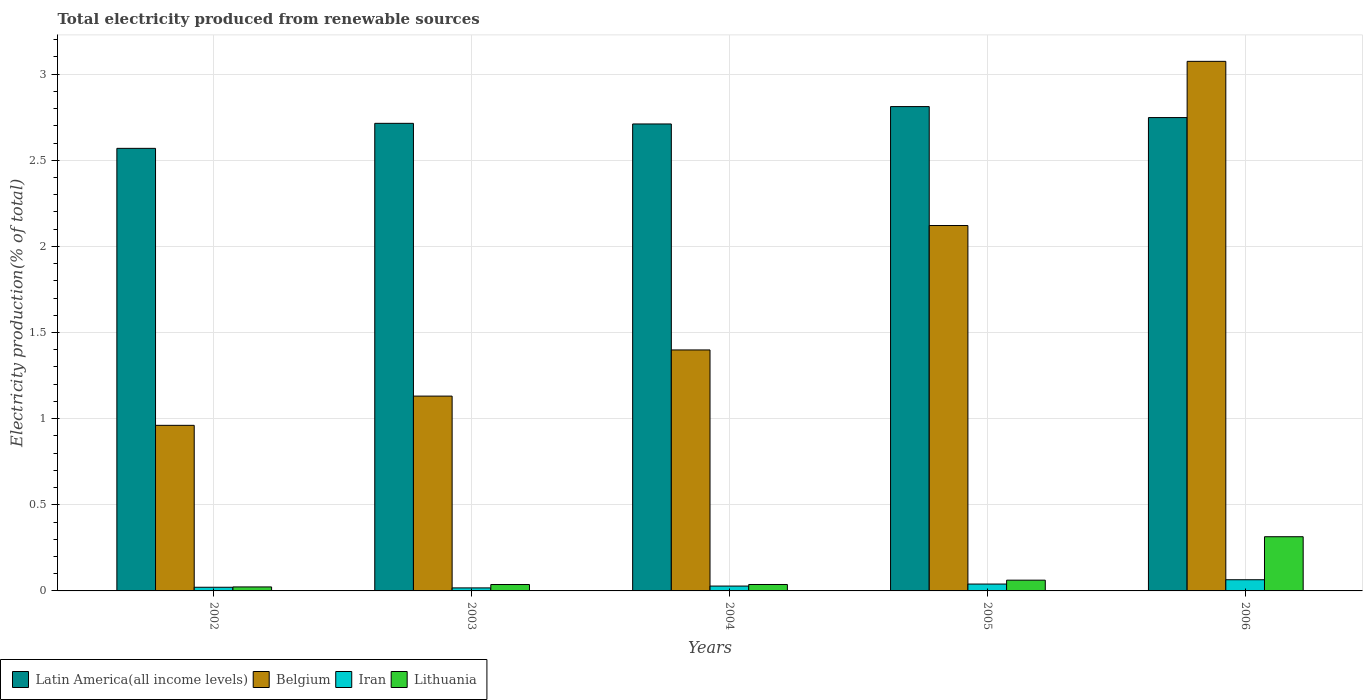
| Years | Latin America(all income levels) | Belgium | Iran | Lithuania |
 | --- | --- | --- | --- | --- |
 | 2002 | 2.57 | 0.961 | 0.0213 | 0.0231 |
 | 2003 | 2.71 | 1.13 | 0.0175 | 0.0372 |
 | 2004 | 2.71 | 1.4 | 0.0282 | 0.0373 |
 | 2005 | 2.81 | 2.12 | 0.0399 | 0.0624 |
 | 2006 | 2.75 | 3.07 | 0.0649 | 0.315 |